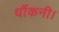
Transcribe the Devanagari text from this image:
धौंकनी।